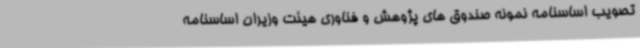
تصویب اساسنامه نمونه صندوق های پژوهش و فناوری هیئت وزیران اساسنامه